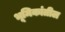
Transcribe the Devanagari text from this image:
भूमिकांतील